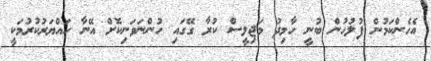
އެހެންކަމުން ފުލުހުން ބުނީ ހާމިދު މަޖިލީސް ކުރާ ގޭގައި ހުންނަވަނިކޮށް އޭނާ ހައްޔަރުކުރުމަކީ